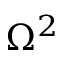
\Omega ^ { 2 }